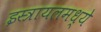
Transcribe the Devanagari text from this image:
इस्त्रायलमध्ये